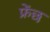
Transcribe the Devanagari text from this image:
फ्रेंछ